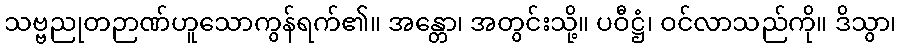
သဗ္ဗညုတဉာဏ်ဟူသောကွန်ရက်၏။ အန္တော၊ အတွင်းသို့။ ပဝီဋ္ဌံ၊ ဝင်လာသည်ကို။ ဒိသွာ၊